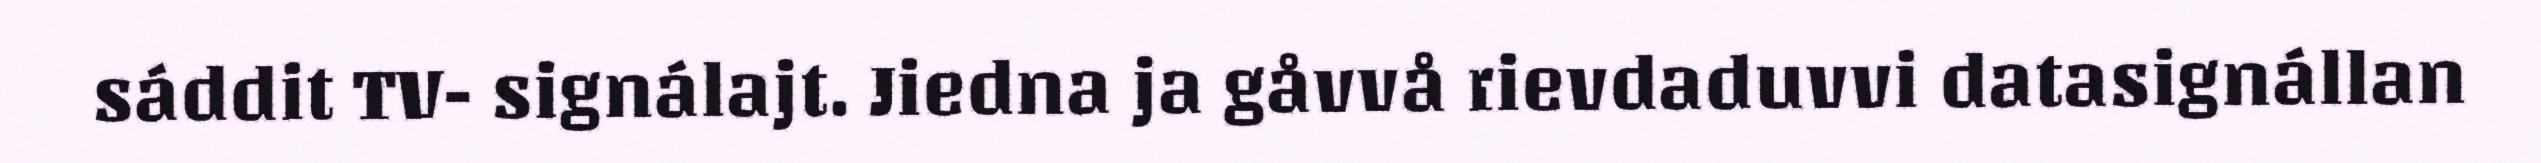
sáddit TV- signálajt. Jiedna ja gåvvå rievdaduvvi datasignállan